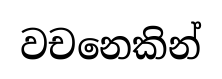
වචනෙකින්